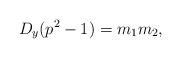
LaTeX: \begin{align*}D_y(p^2-1)=m_1m_2,\end{align*}